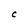
Character: C